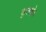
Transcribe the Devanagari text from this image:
कुलक्षेत्र